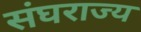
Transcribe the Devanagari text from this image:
संघराज्‍य